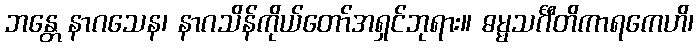
ဘန္တေ နာဂသေန၊ နာဂသိန်ကိုယ်တော်အရှင်ဘုရား။ ဓမ္မသင်္ဂီတိကာရကေဟိ၊